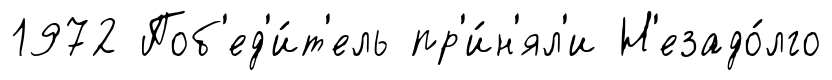
1972 Поб'ед'и́т'ель пр'и́н'ял'и Н'езадо́лго